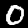
Digit: 0